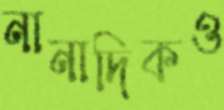
নানাদিকও